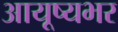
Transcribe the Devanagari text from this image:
आयूष्यभर